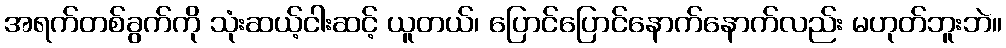
အရက်တစ်ခွက်ကို သုံးဆယ့်ငါးဆင့် ယူတယ်၊ ပြောင်ပြောင်နောက်နောက်လည်း မဟုတ်ဘူးဘဲ။